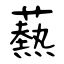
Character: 爇